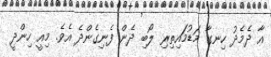
އާ ދެމެދު ހިނގާ މަޑުމަައިތިރި ލޯބި ދެން ފެނިގެންދެ އެވެ. މިއީ ހިންދީ